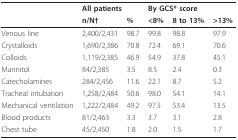
<table><thead><tr><td></td><td colspan="2"><b>All patients</b></td><td colspan="3"><b>By GCS* score</b></td></tr><tr><td></td><td><b>n/N†</b></td><td><b>%</b></td><td><b>&lt;8%</b></td><td><b>8 to 13%</b></td><td><b>&gt;13%</b></td></tr></thead><tbody><tr><td>Venous line</td><td>2,400/2,431</td><td>98.7</td><td>99.8</td><td>98.8</td><td>97.9</td></tr><tr><td>Crystalloids</td><td>1,690/2,386</td><td>70.8</td><td>72.4</td><td>69.1</td><td>70.6</td></tr><tr><td>Colloids</td><td>1,119/2,385</td><td>46.9</td><td>54.9</td><td>37.8</td><td>45.1</td></tr><tr><td>Mannitol</td><td>84/2,385</td><td>3.5</td><td>8.5</td><td>2.4</td><td>0.3</td></tr><tr><td>Catecholamines</td><td>284/2,456</td><td>11.6</td><td>22.1</td><td>8.7</td><td>5.2</td></tr><tr><td>Tracheal intubation</td><td>1,258/2,484</td><td>50.6</td><td>98.0</td><td>54.1</td><td>14.1</td></tr><tr><td>Mechanical ventilation</td><td>1,222/2,484</td><td>49.2</td><td>97.5</td><td>53.4</td><td>13.5</td></tr><tr><td>Blood products</td><td>81/2,463</td><td>3.3</td><td>3.7</td><td>3.1</td><td>2.8</td></tr><tr><td>Chest tube</td><td>45/2,450</td><td>1.8</td><td>2.0</td><td>1.5</td><td>1.7</td></tr></tbody></table>